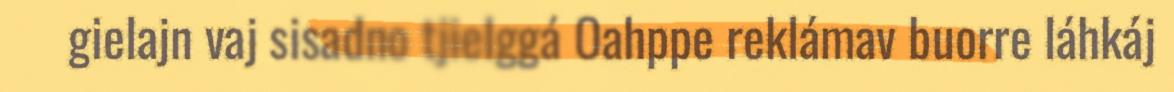
gielajn vaj sisadno tjielggá Oahppe reklámav buorre láhkáj